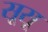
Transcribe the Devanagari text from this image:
सूसू